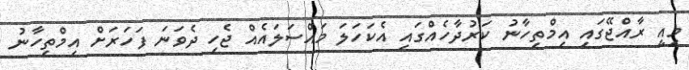
މިއީ ރާއްޖޭގައި އިމްތިހާނު ކަރުދާހެއްގައި އެކަހަލަ މައްސަލައެއް ޖެހި ދެވަނަ ފަހަރަށް އިމްތިހާނު